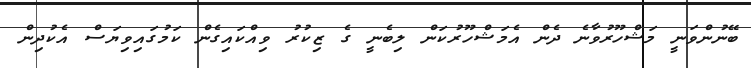
ބޭނުންވަނީ މަޝްހޫރުވާނެ ދެން އެމަޝްހޫރުކަން ލިބެނީ ގެ ޒިކުރު ވިއްކައިގެން ކަމުގައިވިޔަސް އެކުދިން